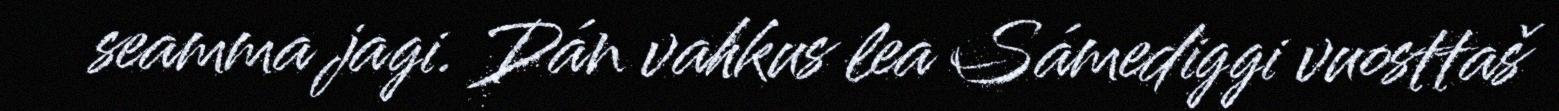
seamma jagi. Dán vahkus lea Sámediggi vuosttaš